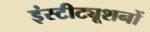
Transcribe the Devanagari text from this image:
इंस्टीट्यूशनों